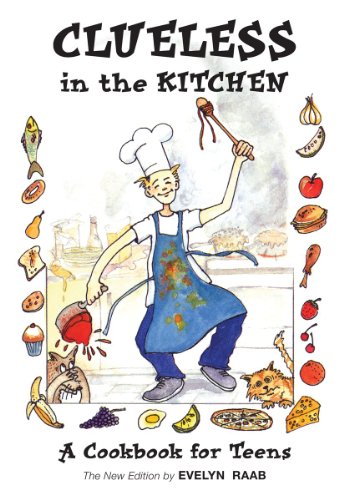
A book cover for Clueless in the Kitchen: A Cookbook for Teens (The Clueless series); Evelyn Raab; Teen & Young Adult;